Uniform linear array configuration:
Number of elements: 4
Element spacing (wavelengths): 0.25
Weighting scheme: hamming
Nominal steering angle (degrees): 30
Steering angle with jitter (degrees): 29.267
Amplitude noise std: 0.05
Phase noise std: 0.05

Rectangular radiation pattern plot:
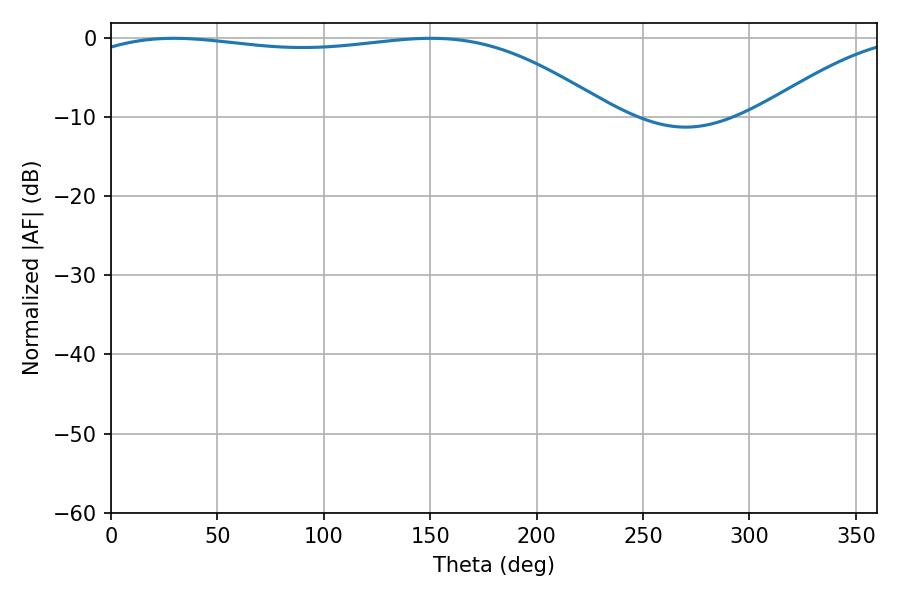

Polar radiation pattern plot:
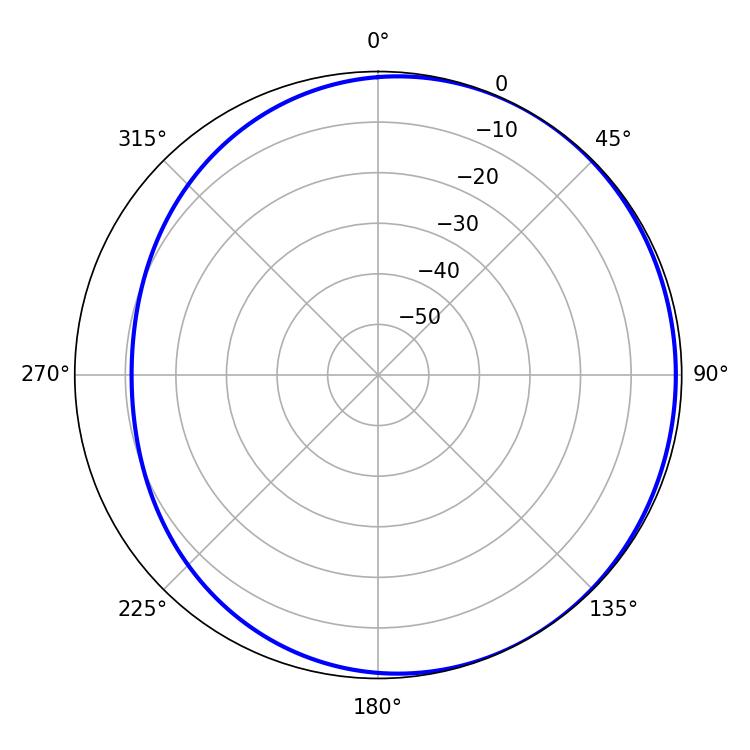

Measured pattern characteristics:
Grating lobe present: FALSE
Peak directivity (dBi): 1.633
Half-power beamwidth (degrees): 198.36
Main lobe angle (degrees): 29.52